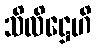
သိလိဋ္ဌေဟိ